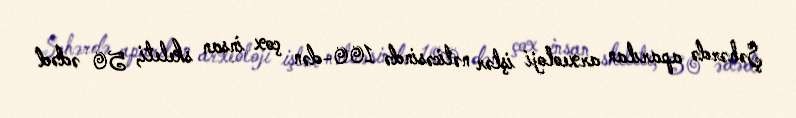
Şəhərdə aparılan arxeoloji işlər nəticəsində 100-dən çox insan skeleti, 50 ədəd